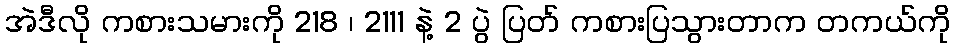
အဲဒီလို ကစားသမားကို 218 ၊ 2111 နဲ့ 2 ပွဲ ပြတ် ကစားပြသွားတာက တကယ်ကို